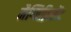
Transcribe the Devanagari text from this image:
मैग्निफ़िसेंट